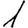
Digit: 1